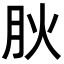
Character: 𭨬